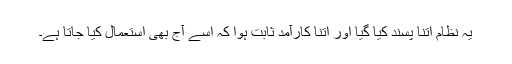
یہ نظام اتنا پسند کیا گیا اور اتنا کارآمد ثابت ہوا کہ اسے آج بھی استعمال کیا جاتا ہے۔